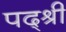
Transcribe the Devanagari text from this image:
पद्श्री